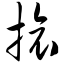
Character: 旅